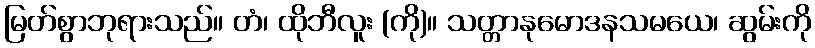
မြတ်စွာဘုရားသည်။ တံ၊ ထိုဘီလူး (ကို)။ သတ္တာနုမောဒနသမယေ၊ ဆွမ်းကို